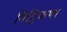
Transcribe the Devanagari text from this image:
विट्टिकथा